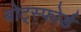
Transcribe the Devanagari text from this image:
बोट्स्फोर्ड